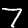
Digit: 7